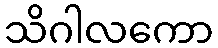
သိဂါလကော